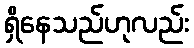
ရှိနေသည်ဟုလည်း